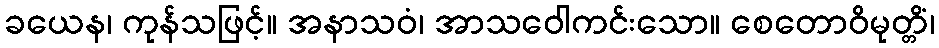
ခယေန၊ ကုန်သဖြင့်။ အနာသဝံ၊ အာသဝေါကင်းသော။ စေတောဝိမုတ္တိံ၊